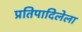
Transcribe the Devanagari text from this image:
प्रतिपादिलेला